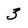
Character: 3